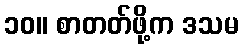
၁၀။ စာတတ်ဖို့က ဒသမ